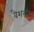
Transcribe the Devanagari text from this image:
वैशलम्